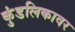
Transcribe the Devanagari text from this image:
कुंडलिकावर